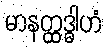
မာနတ္ထဒ္ဓါဟံ